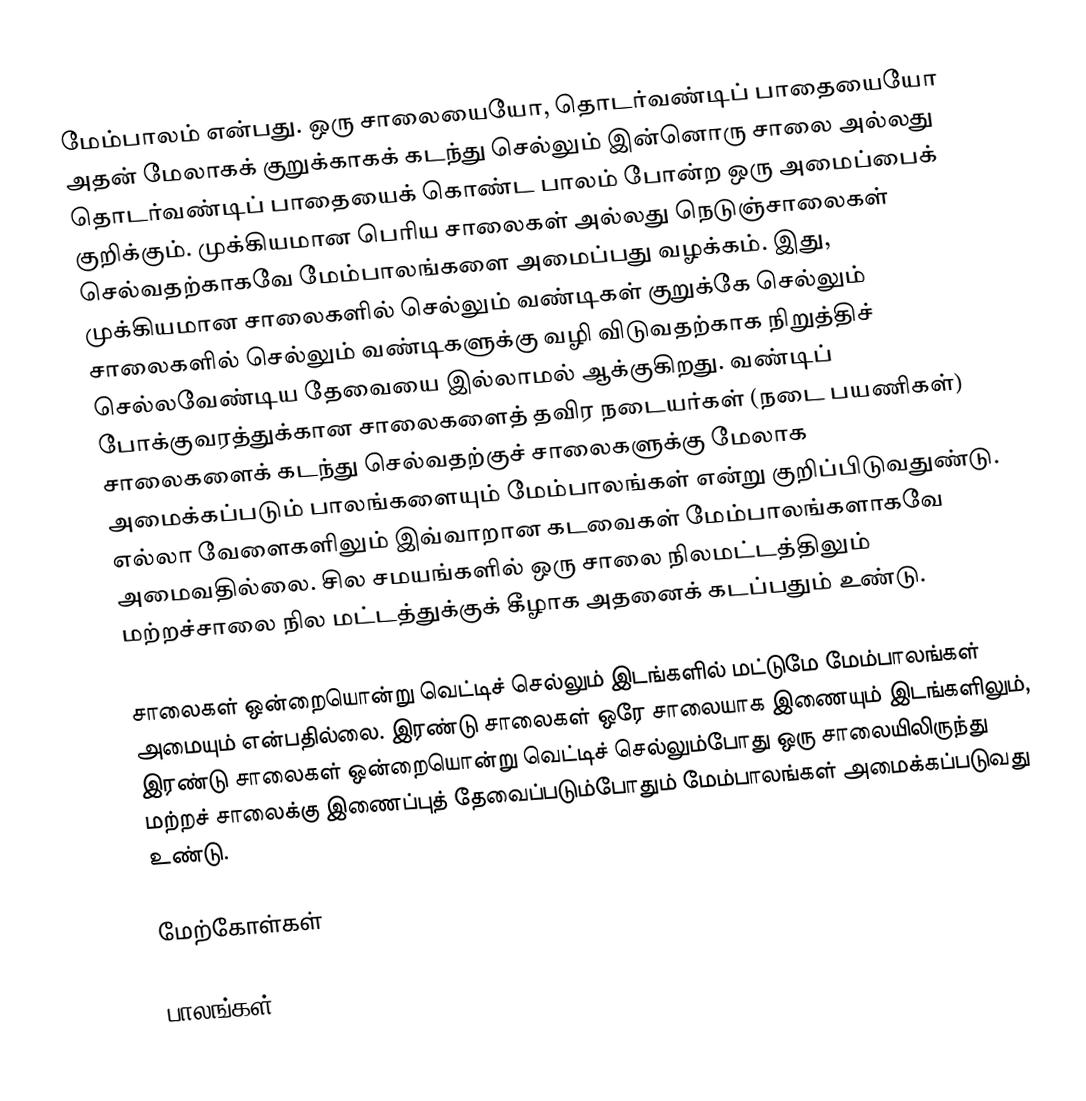
மேம்பாலம் என்பது. ஒரு சாலையையோ, தொடர்வண்டிப் பாதையையோ அதன் மேலாகக் குறுக்காகக் கடந்து செல்லும் இன்னொரு சாலை அல்லது தொடர்வண்டிப் பாதையைக் கொண்ட பாலம் போன்ற ஒரு அமைப்பைக் குறிக்கும். முக்கியமான பெரிய சாலைகள் அல்லது நெடுஞ்சாலைகள் செல்வதற்காகவே மேம்பாலங்களை அமைப்பது வழக்கம். இது, முக்கியமான சாலைகளில் செல்லும் வண்டிகள் குறுக்கே செல்லும் சாலைகளில் செல்லும் வண்டிகளுக்கு வழி விடுவதற்காக நிறுத்திச் செல்லவேண்டிய தேவையை இல்லாமல் ஆக்குகிறது. வண்டிப் போக்குவரத்துக்கான சாலைகளைத் தவிர நடையர்கள் (நடை பயணிகள்) சாலைகளைக் கடந்து செல்வதற்குச் சாலைகளுக்கு மேலாக அமைக்கப்படும் பாலங்களையும் மேம்பாலங்கள் என்று குறிப்பிடுவதுண்டு. எல்லா வேளைகளிலும் இவ்வாறான கடவைகள் மேம்பாலங்களாகவே அமைவதில்லை. சில சமயங்களில் ஒரு சாலை நிலமட்டத்திலும் மற்றச்சாலை நில மட்டத்துக்குக் கீழாக அதனைக் கடப்பதும் உண்டு.

சாலைகள் ஒன்றையொன்று வெட்டிச் செல்லும் இடங்களில் மட்டுமே மேம்பாலங்கள் அமையும் என்பதில்லை. இரண்டு சாலைகள் ஒரே சாலையாக இணையும் இடங்களிலும், இரண்டு சாலைகள் ஒன்றையொன்று வெட்டிச் செல்லும்போது ஒரு சாலையிலிருந்து மற்றச் சாலைக்கு இணைப்புத் தேவைப்படும்போதும் மேம்பாலங்கள் அமைக்கப்படுவது உண்டு.

மேற்கோள்கள்

பாலங்கள்